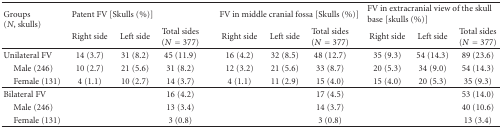
| <ROWSPAN=2> Groups (N, skulls) | <COLSPAN=3> Patent FV [Skulls (%)] | <COLSPAN=3> FV in middle cranial fossa [Skulls (%)] | <COLSPAN=3> FV in extracranial view of the skull base [skulls (%)] |
 | Right side | Left side | Total sides (N = 377) | Right side | Left side | Total sides (N = 377) | Right side | Left side | Total sides (N = 377) |
 | --- | --- | --- | --- | --- | --- | --- | --- | --- | --- |
 | Unilateral FV | 14 (3.7) | 31 (8.2) | 45 (11.9) | 16 (4.2) | 32 (8.5) | 48 (12.7) | 35 (9.3) | 54 (14.3) | 89 (23.6) |
 | Male (246) | 10 (2.7) | 21 (5.6) | 31 (8.2) | 12 (3.2) | 21 (5.6) | 33 (8.7) | 20 (5.3) | 34 (9.0) | 54 (14.3) |
 | Female (131) | 4 (1.1) | 10 (2.7) | 14 (3.7) | 4 (1.1) | 11 (2.9) | 15 (4.0) | 15 (4.0) | 20 (5.3) | 35 (9.3) |
 | Bilateral FV |  |  | 16 (4.2) |  |  | 17 (4.5) |  |  | 53 (14.0) |
 | Male (246) |  |  | 13 (3.4) |  |  | 14 (3.7) |  |  | 40 (10.6) |
 | Female (131) |  |  | 3 (0.8) |  |  | 3 (0.8) |  |  | 13 (3.4) |